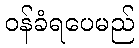
ဝန်ခံရပေမည်